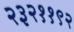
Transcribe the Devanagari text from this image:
२३२११९२